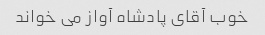
خوب آقای پادشاه آواز می خواند